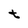
Character: t